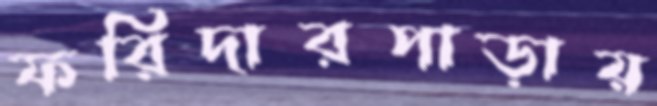
ফরিদারপাড়ায়